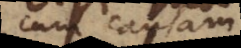
cum causam